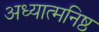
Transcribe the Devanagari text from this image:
अध्यात्मनिष्ठ